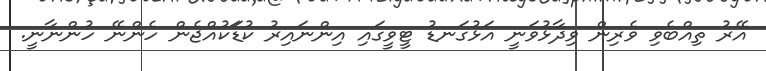
އޭރު ތިއްބެވި ވެރިން ވިދާޅުވަނީ އަޅުގަނޑު ޓީވީގައި އިންނައިރު ކުޑަަކުއްޖެން ހެންނޭ ހުންނާނީ.